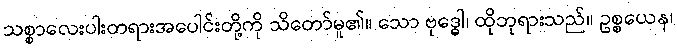
သစ္စာလေးပါးတရားအပေါင်းတို့ကို သိတော်မူ၏။ သော ဗုဒ္ဓေါ၊ ထိုဘုရားသည်။ ဥစ္စယေန၊